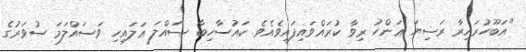
"އަބޫހުރައިރާ ރަޟިޔަ ޢަންހު ރިވާ ކުރައްވައިފައިވެއެވެ. ކައުސާހިބާ ޞައްލަ ޢަލައިހި ވަސައްލަމަ ސުވަރުގެ